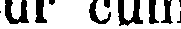
ur cum